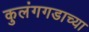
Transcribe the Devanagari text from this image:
कुलंगगडाच्या